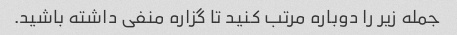
جمله زیر را دوباره مرتب کنید تا گزاره منفی داشته باشید.